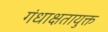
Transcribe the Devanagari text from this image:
गंधाक्षतायुक्त